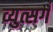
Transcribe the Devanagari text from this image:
व्युत्सगँ